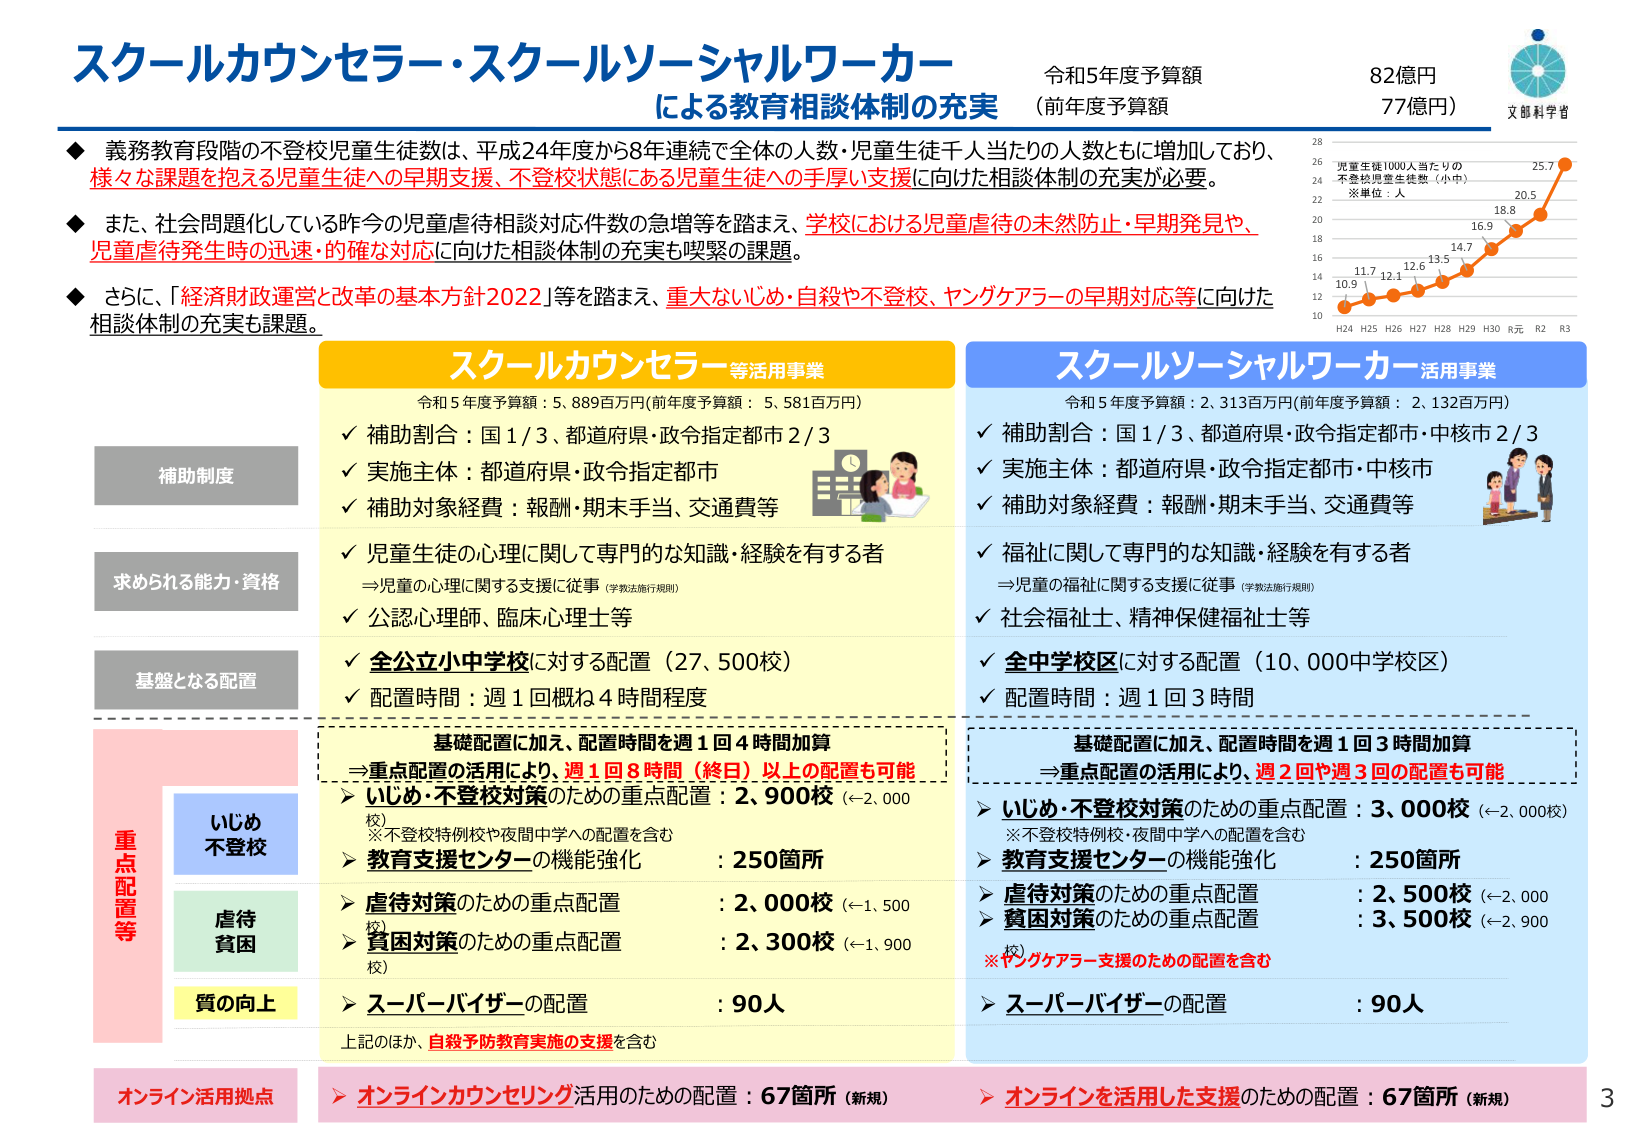
スクールカウンセラー・スクールソーシャルワーカー
による教育相談体制の充実

令和5年度予算額 82億円
（前年度予算額 77億円）
文部科学省

◆ 義務教育段階の不登校児童生徒数は、平成24年度から8年連続で全体の人数・児童生徒千人当たりの人数ともに増加しており、
様々な課題を抱える児童生徒への早期支援、不登校状態にある児童生徒への手厚い支援に向けた相談体制の充実が必要。

◆ また、社会問題化している昨今の児童虐待相談対応件数の急増等を踏まえ、学校における児童虐待の未然防止・早期発見や、
児童虐待発生時の迅速・的確な対応に向けた相談体制の充実も喫緊の課題。

◆ さらに、「経済財政運営と改革の基本方針2022」等を踏まえ、重大ないじめ・自殺や不登校、ヤングケアラーの早期対応等に向けた
相談体制の充実も課題。

スクリーンカウンセラー等活用事業
令和5年度予算額：5,889百万円（前年度予算額：5,581百万円）
✓ 補助割合：国1/3、都道府県・政令指定都市2/3
✓ 実施主体：都道府県・政令指定都市
✓ 補助対象経費：報酬・期末手当、交通費等
✓ 児童生徒の心理に関して専門的な知識・経験を有する者
　⇒児童の心理に関する支援に従事（学校法施行規則）
✓ 公認心理師、臨床心理士等
✓ 全公立小中学校に対する配置（27,500校）
✓ 配置時間：週1回概ね4時間程度

基礎配置に加え、配置時間を週1回4時間加算
⇒重点配置の活用により、週1回8時間（終日）以上の配置も可能
➤ いじめ・不登校対策のための重点配置：2,900校（←2,000校）
　※不登校特例校や夜間中学への配置を含む
➤ 教育支援センターの機能強化：250箇所
➤ 虐待対策のための重点配置：2,000校（←1,500校）
➤ 貧困対策のための重点配置：2,300校（←1,900校）
➤ スーパーバイザーの配置：90人
上記のほか、自殺予防教育実施の支援を含む

オンライン活用拠点
➤ オンラインカウンセリング活用のための配置：67箇所（新規）

スクリーンソーシャルワーカー活用事業
令和5年度予算額：2,313百万円（前年度予算額：2,132百万円）
✓ 補助割合：国1/3、都道府県・政令指定都市・中核市2/3
✓ 実施主体：都道府県・政令指定都市・中核市
✓ 補助対象経費：報酬・期末手当、交通費等
✓ 福祉に関して専門的な知識・経験を有する者
　⇒児童の福祉に関する支援に従事（学校法施行規則）
✓ 社会福祉士、精神保健福祉士等
✓ 全中学校区に対する配置（10,000中学校区）
✓ 配置時間：週1回3時間

基礎配置に加え、配置時間を週1回3時間加算
⇒重点配置の活用により、週2回や週3回の配置も可能
➤ いじめ・不登校対策のための重点配置：3,000校（←2,000校）
　※不登校特例校・夜間中学への配置を含む
➤ 教育支援センターの機能強化：250箇所
➤ 虐待対策のための重点配置：2,500校（←2,000校）
➤ 貧困対策のための重点配置：3,500校（←2,900校）
　※ヤングケアラー支援のための配置を含む
➤ スーパーバイザーの配置：90人

オンライン活用拠点
➤ オンラインを活用した支援のための配置：67箇所（新規）

補助制度
求められる能力・資格
基盤となる配置
重点配置等
いじめ
不登校
虐待
貧困
質の向上
オンライン活用拠点

児童生徒1000人当たりの
不登校児童生徒数（小中）
※単位：人
H24 10.9
H25 11.7
H26 12.1
H27 12.6
H28 13.5
H29 14.7
H30 16.9
R元 18.8
R2 20.5
R3 25.7

3